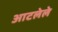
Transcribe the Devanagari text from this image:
आटलेले